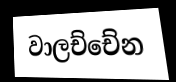
වාලච්චේන